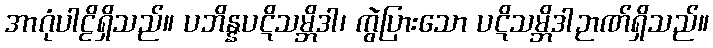
အာဂုံပါဠိရှိသည်။ ပဘိန္နပဋိသမ္ဘိဒါ၊ ကွဲပြားသော ပဋိသမ္ဘိဒါဉာဏ်ရှိသည်။